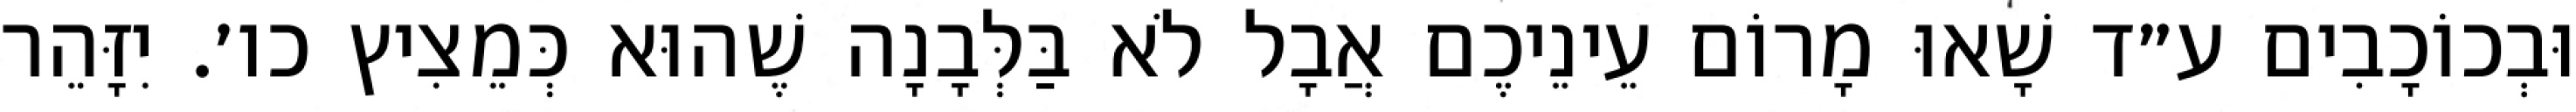
וּבְכוֹכָבִים ע״ד שָׁאוּ מָרוֹם עֵינֵיכֶם אֲבָל לֹא בַּלְּבָנָה שֶׁהוּא כְּמֵצִיץ כו׳. יִזָּהֵר